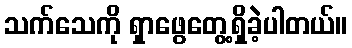
သက်သေကို ရှာဖွေတွေ့ရှိခဲ့ပါတယ်။